Document type: Sale
Year: 1235
Scribe: Pere de Bages
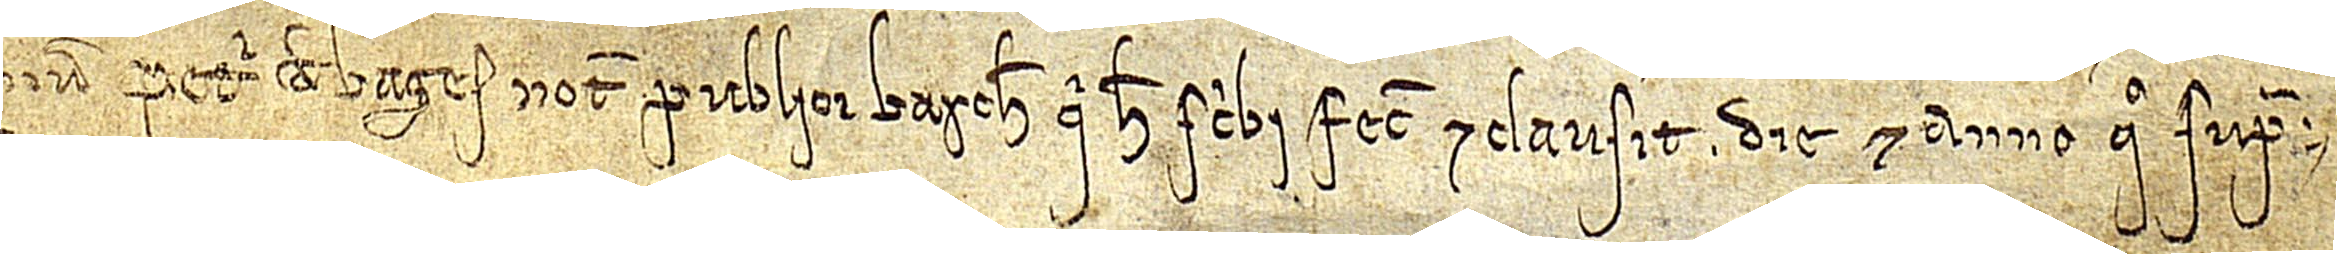
num Petri de Bages, notarii publici Barchinone, qui hec scribi fecit et clausit die et anno quo supra.